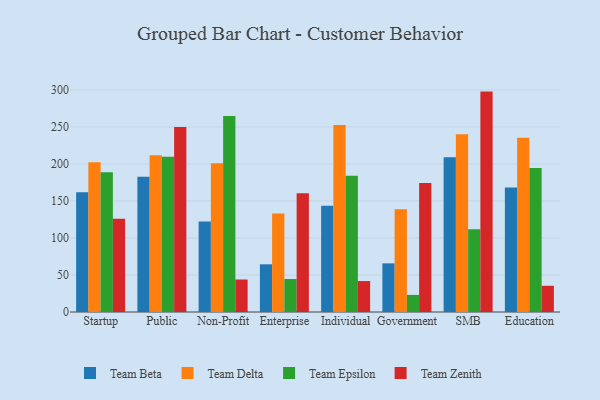
{"axis": {"x": "Segment", "y": "Net Income (USD K)"}, "legend": ["Team Beta", "Team Delta", "Team Epsilon", "Team Zenith"], "data": [{"x": "Startup", "y": 161.7, "type": "Team Beta"}, {"x": "Startup", "y": 202.4, "type": "Team Delta"}, {"x": "Startup", "y": 188.8, "type": "Team Epsilon"}, {"x": "Startup", "y": 125.9, "type": "Team Zenith"}, {"x": "Public", "y": 182.6, "type": "Team Beta"}, {"x": "Public", "y": 211.6, "type": "Team Delta"}, {"x": "Public", "y": 209.6, "type": "Team Epsilon"}, {"x": "Public", "y": 249.8, "type": "Team Zenith"}, {"x": "Non-Profit", "y": 122.3, "type": "Team Beta"}, {"x": "Non-Profit", "y": 200.9, "type": "Team Delta"}, {"x": "Non-Profit", "y": 264.9, "type": "Team Epsilon"}, {"x": "Non-Profit", "y": 43.9, "type": "Team Zenith"}, {"x": "Enterprise", "y": 64.4, "type": "Team Beta"}, {"x": "Enterprise", "y": 133.0, "type": "Team Delta"}, {"x": "Enterprise", "y": 44.6, "type": "Team Epsilon"}, {"x": "Enterprise", "y": 160.4, "type": "Team Zenith"}, {"x": "Individual", "y": 143.5, "type": "Team Beta"}, {"x": "Individual", "y": 252.7, "type": "Team Delta"}, {"x": "Individual", "y": 184.2, "type": "Team Epsilon"}, {"x": "Individual", "y": 41.8, "type": "Team Zenith"}, {"x": "Government", "y": 65.7, "type": "Team Beta"}, {"x": "Government", "y": 138.8, "type": "Team Delta"}, {"x": "Government", "y": 23.1, "type": "Team Epsilon"}, {"x": "Government", "y": 174.3, "type": "Team Zenith"}, {"x": "SMB", "y": 209.0, "type": "Team Beta"}, {"x": "SMB", "y": 240.0, "type": "Team Delta"}, {"x": "SMB", "y": 111.9, "type": "Team Epsilon"}, {"x": "SMB", "y": 297.7, "type": "Team Zenith"}, {"x": "Education", "y": 168.1, "type": "Team Beta"}, {"x": "Education", "y": 235.2, "type": "Team Delta"}, {"x": "Education", "y": 194.5, "type": "Team Epsilon"}, {"x": "Education", "y": 35.4, "type": "Team Zenith"}]}